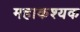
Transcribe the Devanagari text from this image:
महाकश्यक